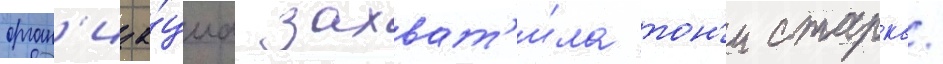
орган'иза́циа захват'и́ла тон'и старка/